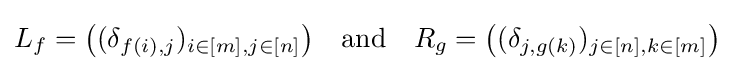
L_{f}={\bigl (}(\delta _{f(i),j})_{i\in [m],j\in [n]}{\bigr )}\quad {\text{and}}\quad R_{g}={\bigl (}(\delta _{j,g(k)})_{j\in [n],k\in [m]}{\bigr )}